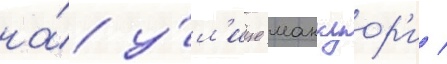
на́ у́л'ице маккуор'и /